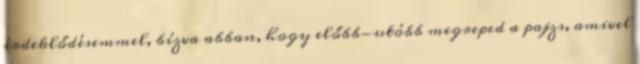
érdeklődésemmel, bízva abban, hogy előbb-utóbb megreped a pajzs, amivel